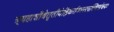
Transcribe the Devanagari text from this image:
त्र्यहाशौचेतृतीयेह्निकर्तव्यस्त्वस्थिसंचयः